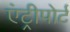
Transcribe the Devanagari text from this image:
एंट्रीपोर्ट